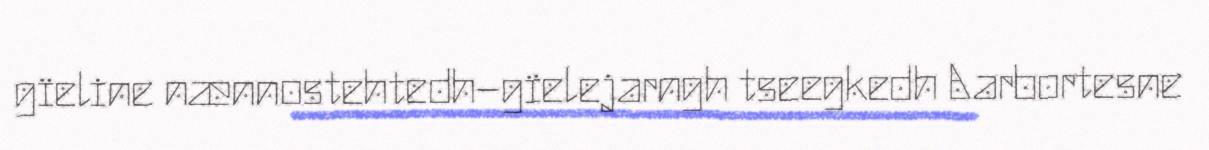
gïeline nænnostehtedh−gïelejarngh tseegkedh Aarbortesne